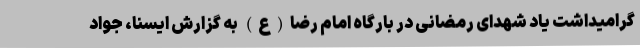
گرامیداشت یاد شهدای رمضانی در بارگاه امام رضا(ع) به گزارش ایسنا، جواد